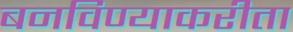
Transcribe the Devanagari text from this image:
बनविण्याकरीता